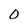
Character: O